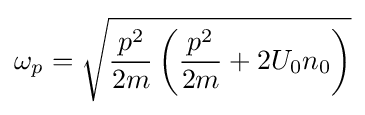
{\omega _{p}}={\sqrt {{\frac {p^{2}}{2m}}\left({{\frac {p^{2}}{2m}}+2{U_{0}}{n_{0}}}\right)}}